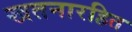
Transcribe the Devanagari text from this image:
खतनारहित